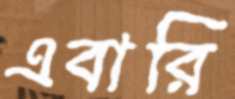
এবারি